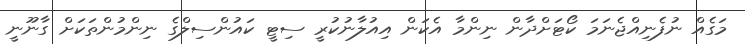
މަގެއް ނުފެނިއްޖެނަމަ ކޯޓަށްދާން ނިންމާ އެކަން އިއުލާނުކުރީ ސިޓީ ކައުންސިލްގެ ނިންމުންތަކަށް ގާނޫނީ